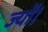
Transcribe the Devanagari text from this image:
ज्‍यों।